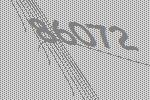
86072